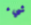
شيء